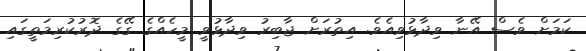
ކަމަށް ވެސް އޭނާ ވިދާޅުވިއެވެ. އިތުރަށް ޖާބިރު ވިދާޅުވީ މީހެއްގެ ގޭގެ ދޮރުކުރިމަތީގައި